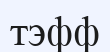
тэфф